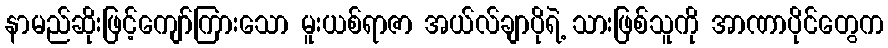
နာမည်ဆိုးဖြင့်ကျော်ကြားသော မူးယစ်ရာဇာ အယ်လ်ချာပိုရဲ့ သားဖြစ်သူကို အာဏာပိုင်တွေက